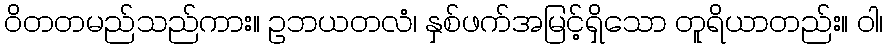
ဝိတတမည်သည်ကား။ ဥဘယတလံ၊ နှစ်ဖက်အမြင့်ရှိသော တူရိယာတည်း။ ဝါ၊